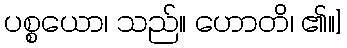
ပစ္စယော၊ သည်။ ဟောတိ၊ ၏။]